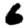
Digit: 6